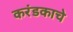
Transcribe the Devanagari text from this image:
करंडकाचे